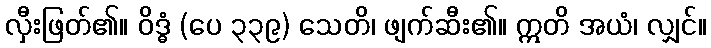
လှီးဖြတ်၏။ ဝိဒ္ဓံ (ပေ ၃၃၉) သေတိ၊ ဖျက်ဆီး၏။ ဣတိ အယံ၊ လျှင်။